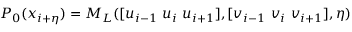
P _ { 0 } ( x _ { i + \eta } ) = M _ { L } ( [ u _ { i - 1 } ~ u _ { i } ~ u _ { i + 1 } ] , [ v _ { i - 1 } ~ v _ { i } ~ v _ { i + 1 } ] , \eta )